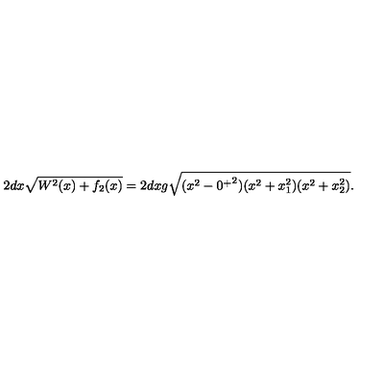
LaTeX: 2 d x \sqrt { W ^ { 2 } ( x ) + f _ { 2 } ( x ) } = 2 d x g \sqrt { ( x ^ { 2 } - { 0 ^ { + } } ^ { 2 } ) ( x ^ { 2 } + x _ { 1 } ^ { 2 } ) ( x ^ { 2 } + x _ { 2 } ^ { 2 } ) } .